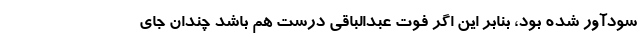
سودآور شده بود، بنابر این اگر فوت عبدالباقی درست هم باشد چندان جای